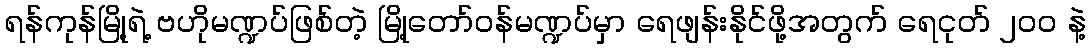
ရန်ကုန်မြို့ရဲ့ ဗဟိုမဏ္ဍပ်ဖြစ်တဲ့ မြို့တော်ဝန်မဏ္ဍပ်မှာ ရေဖျန်းနိုင်ဖို့အတွက် ရေငုတ် ၂၀၀ နဲ့